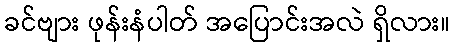
ခင်ဗျား ဖုန်းနံပါတ် အပြောင်းအလဲ ရှိလား။